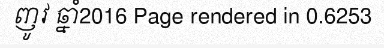
ញូវ ឆ្នាំ2016 Page rendered in 0.6253